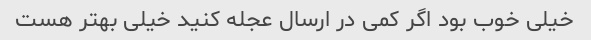
خیلی خوب بود اگر کمی در ارسال عجله کنید خیلی بهتر هست